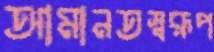
আমানতস্বরূপ